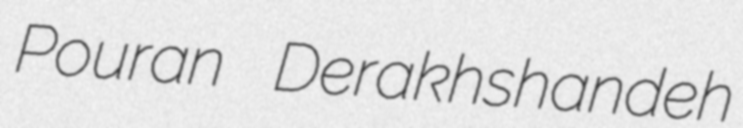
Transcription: Pouran Derakhshandeh